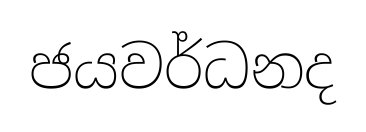
ජයවර්ධනද